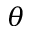
\theta